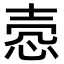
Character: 悫